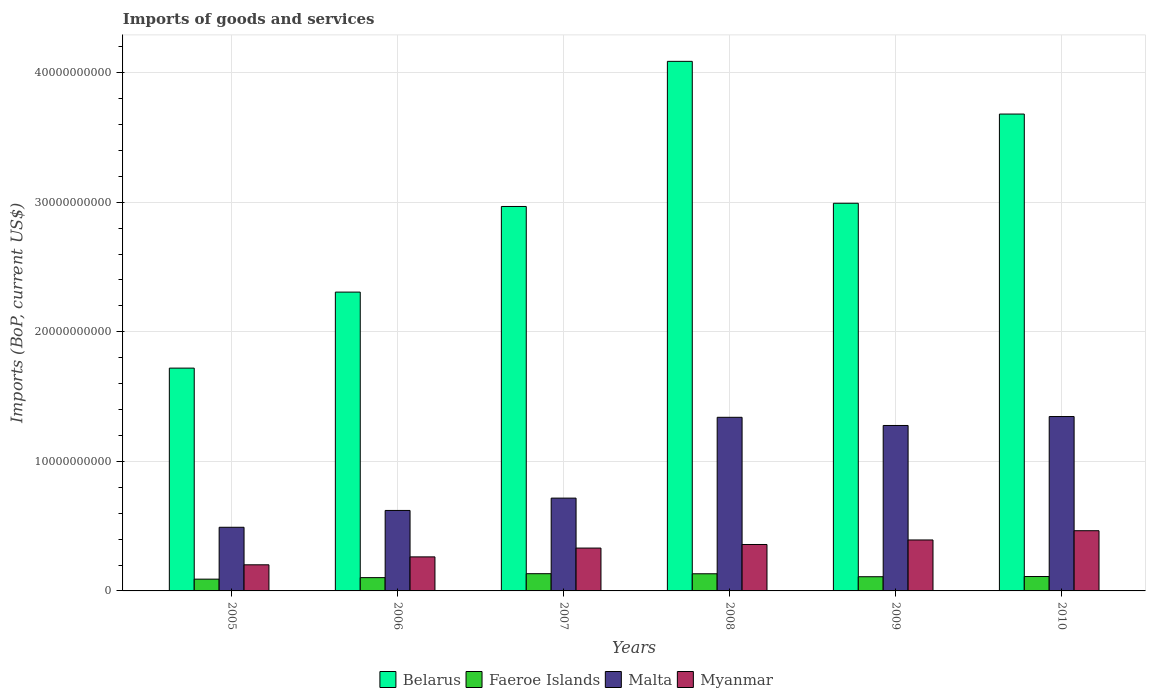
| Years | Belarus | Faeroe Islands | Malta | Myanmar |
 | --- | --- | --- | --- | --- |
 | 2005 | 1.72e+10 | 9.09e+08 | 4.91e+09 | 2.02e+09 |
 | 2006 | 2.31e+10 | 1.03e+09 | 6.21e+09 | 2.63e+09 |
 | 2007 | 2.97e+10 | 1.33e+09 | 7.16e+09 | 3.31e+09 |
 | 2008 | 4.09e+10 | 1.32e+09 | 1.34e+10 | 3.58e+09 |
 | 2009 | 2.99e+10 | 1.1e+09 | 1.28e+10 | 3.93e+09 |
 | 2010 | 3.68e+10 | 1.11e+09 | 1.35e+10 | 4.65e+09 |